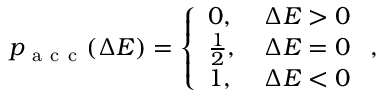
p _ { \mathrm { ~ a ~ c ~ c ~ } } ( \Delta E ) = \left\{ \begin{array} { l l } { 0 , } & { \, \Delta E > 0 } \\ { \frac 1 2 , } & { \, \Delta E = 0 } \\ { 1 , } & { \, \Delta E < 0 } \end{array} \right. ,